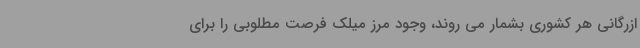
ازرگانی هر کشوری بشمار می روند، وجود مرز میلک فرصت مطلوبی را برای